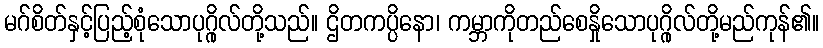
မဂ်စိတ်နှင့်ပြည့်စုံသောပုဂ္ဂိုလ်တို့သည်။ ဌိတကပ္ပိနော၊ ကမ္ဘာကိုတည်စေနှိုသောပုဂ္ဂိုလ်တို့မည်ကုန်၏။